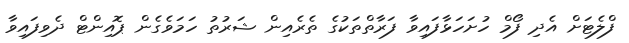
ފްލެޓަށް އެދި ފޯމް ހުށަހަޅާފައިވާ ފަރާތްތަކުގެ ތެރެއިން ޝަރުތު ހަމަވެގެން ޕޮއިންޓް ދެވިފައިވާ